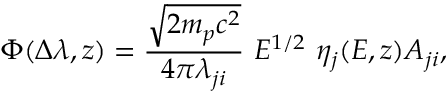
\Phi ( \Delta \lambda , z ) = \frac { \sqrt { 2 m _ { p } c ^ { 2 } } } { 4 \pi \lambda _ { j i } } ~ E ^ { 1 / 2 } ~ \eta _ { j } ( E , z ) A _ { j i } ,